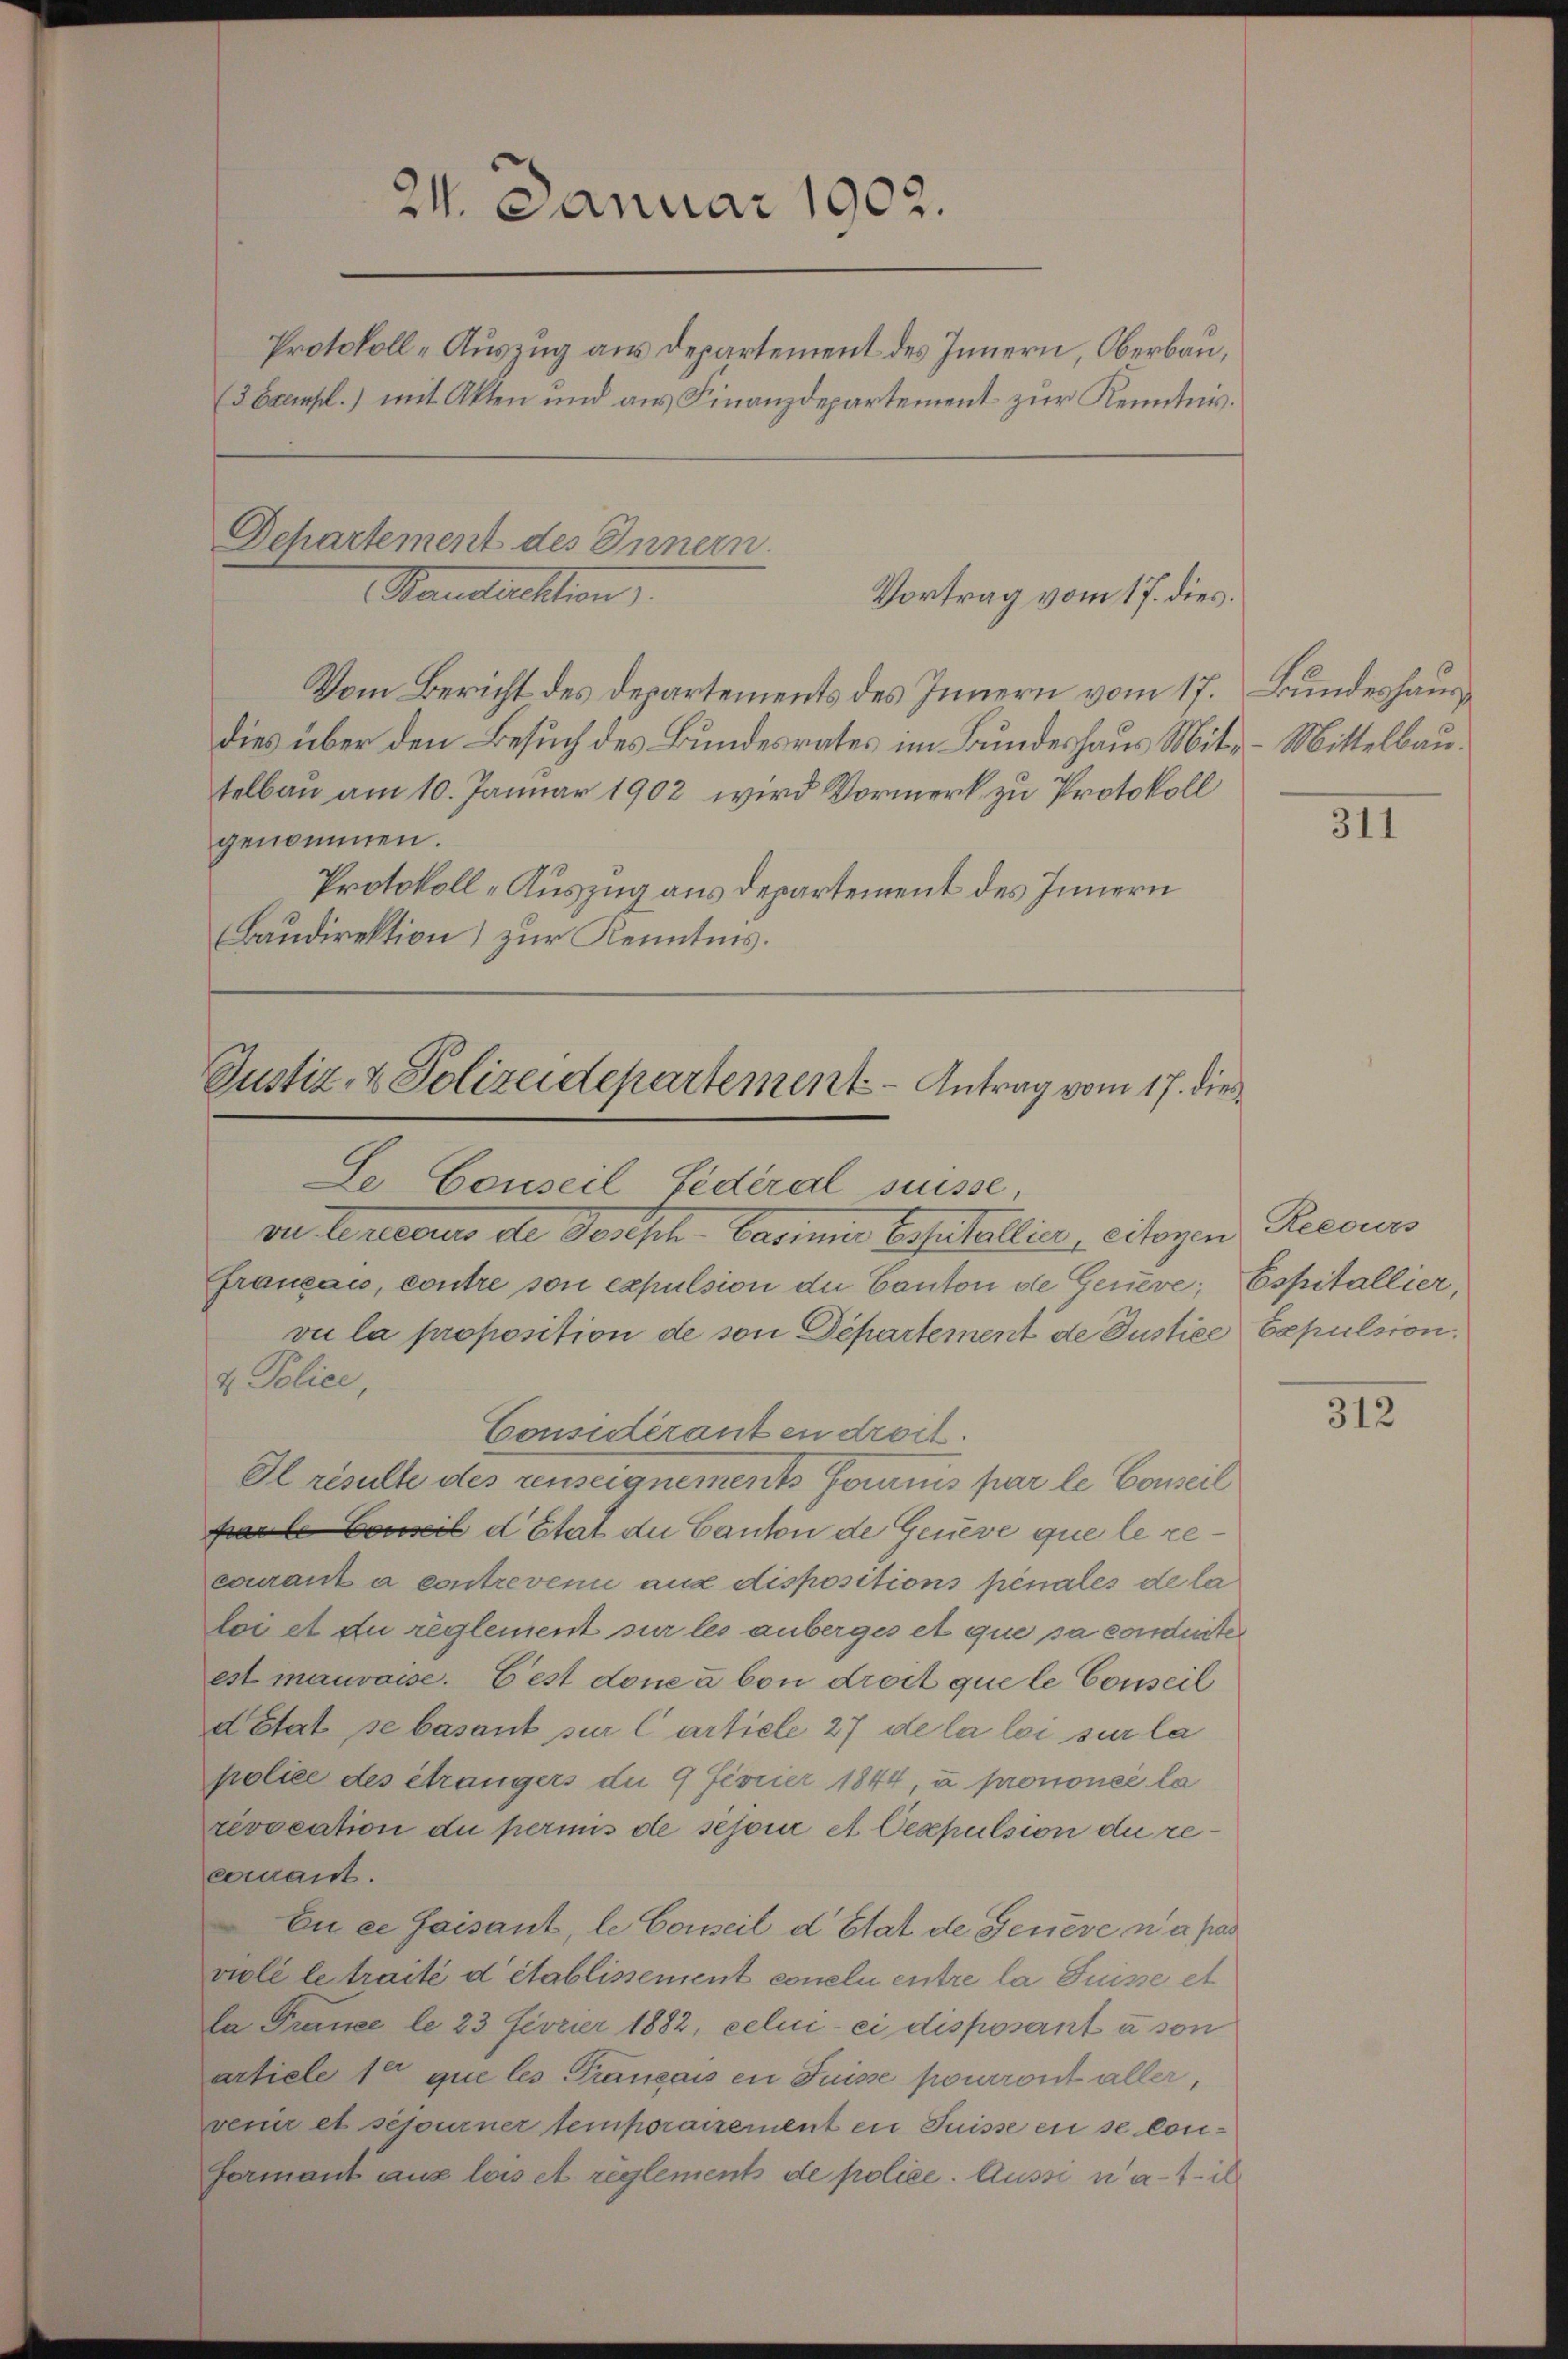
24. Januar 1902.
Protokoll-Auszug aus Departement des Innern, Oberbau,
(3 Exempl.) mit Akten und aus Finanzdepartement zur Kenntnis.

Dchartement des Innern.
Mandachten
Vortrag vom 17. dies.
Vom Bericht des Departements des Innern vom 17.

dies über den Besuch des Bundesrates im Bundeshaus Mittelbau am 10. Januar 1902 wird Vormerk zu Protokoll
genommen.
Protokoll-Auszug aus Departement des Innern
Baudirektion) zur Kenntnis.

Justiz- & Polizeidepartement Antrag vom 17. dies
Le Conseil Federal suisse,

ve Lenarius de Postsch. Darina Besittellin, citoyen
franzau, contre son expulsion die Canton de Geneve;
vi la proposition de son Departement de Justice
4 Police,
Consideranten droit.
Il risulte des renseignements Journis par le Concil
a Conseil d Etat die Canton de Geneve que le recourant à contrevenu aux dispositions pénales de la
toi et du reglement sur les anberges et que sa conderte
est mauvaise. Gest donea bon droit que le Conseil
détat se basant sur Cartiele 27 de la loi sur la
police des étrangers du 9 Fevrier 1844, à prononcé la
revocation du permis de sejour et Oexpulsion du recerrant.
En ce faisant, le Conseil d Etat de Feuere n’a pas
violé le traité d’établissement coneli entre la Suisse et
la France le 23 Fivrier 1882, celui-ci disposant à son
article 1 que les Français en Suisse pourront aller,
venir et sejourner temporairement in Suisse en se loufermant aus lois et reglements de police. Aussi nati

Bundeshaup
Mittelbau.

311

Recours
Espitallier,
Expulsion.

312